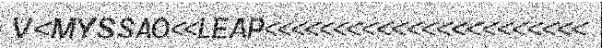
V<MYSSAO<<LEAP<<<<<<<<<<<<<<<<<<<<<<